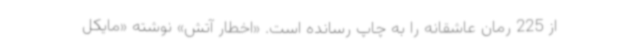
از 225 رمان عاشقانه را به چاپ رسانده است. «اخطار آتش» نوشته «مایکل